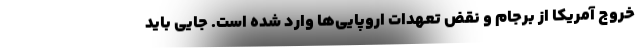
خروج آمریکا از برجام و نقض تعهدات اروپایی‌ها وارد شده است. جایی باید